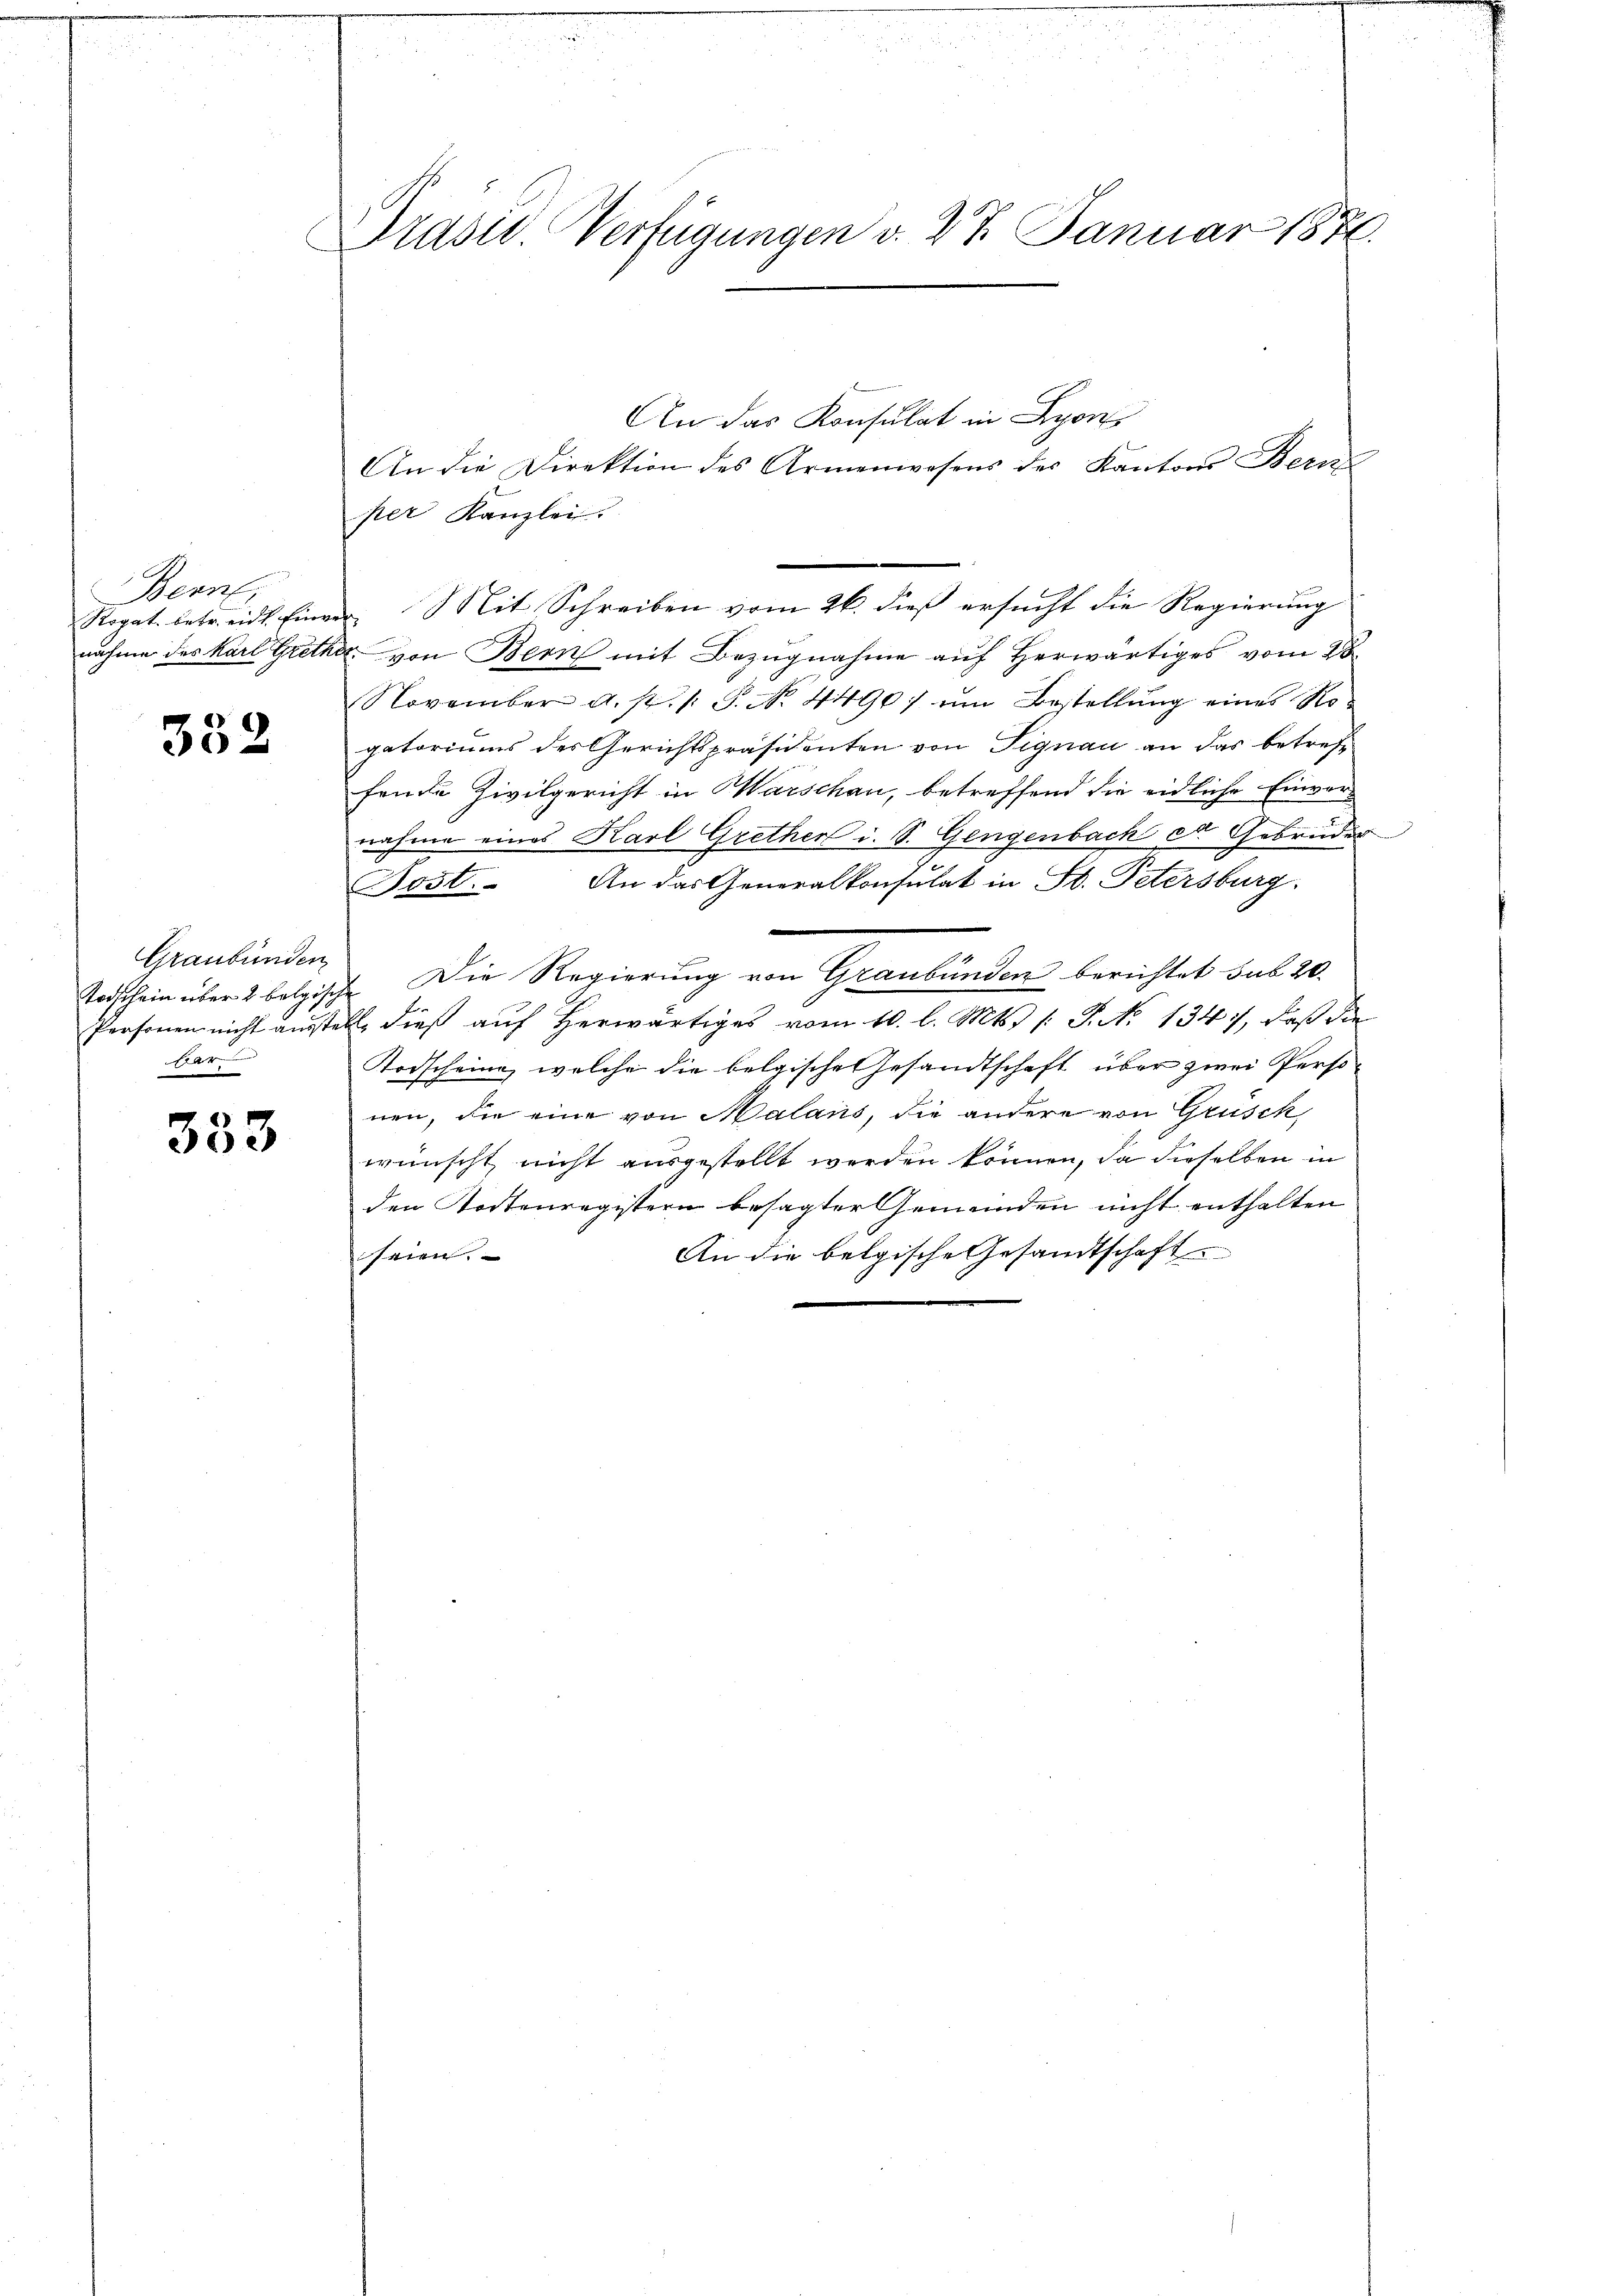
Bern.

352

Graubünden
b

353

m
u
Präsid. Verfügungen d. 27. Januar 1876.

An das Konsulat in Lyon
An die Direktion des Armenwesens des Kantons Bozen
per Kanzlei.
.
Ropat. betr. eid. Einver, Mit Schreiben vom 26. dieß ersucht die Regierung
nahme des Karl Grither, von Bern mit Bezugnahme auf herwärtiges vom 28.
November a. s. /: P. No. 4490) im Bestellŭng eines Ro-
gatoriums des Gerichtspräsidenten von Signau an das betreffende Zivilgericht in Marschen, betreffend die eidliche Einver-
nahme eines Karl Grethen i. S. Gengenbach St. Gebrüder
Fost. An das Generalkonsulat in St. Petersburg.
Todschein über 2 belgische Die Regierung von Graubünden berichtet sub 20.
Personen nicht ausstelle dieß auf herwärtiges vom 10. l. Mts. /: P. N. 1347), daß die
Todscheine, welche die belgische Gesandtschaft über zwei Personen, die eine von Malans, die andere von Grüsch,
wünscht nicht ausgestellt werden können, da dieselben in
den Todtenregistern besagter Gemeinden nicht enthalten
An die belgische Gesandtschaft
seien.
d